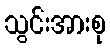
သွင်းအားစု